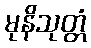
မုနိသုတ္တံ